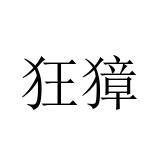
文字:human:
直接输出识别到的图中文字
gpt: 狂獐